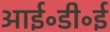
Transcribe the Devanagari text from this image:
आई॰डी॰ई